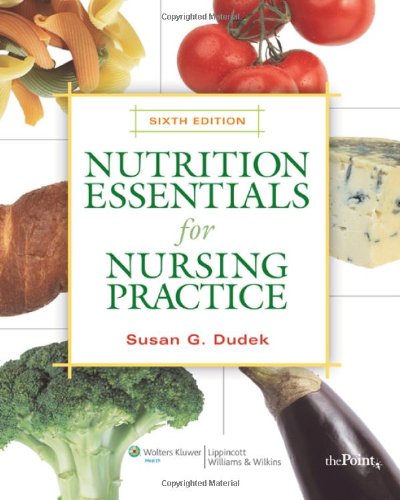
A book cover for Nutrition Essentials for Nursing Practice; Susan G. Dudek RD  BS; Medical Books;